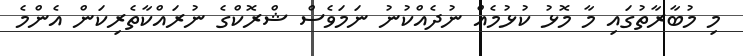
މި މުބާރާތުގައި މާ މޮޅު ކުޅުމެއް ނުދެއްކުނު ނަމަވެސް ޝްރޮކްގެ ނުރައްކާތެރިކަން އެންމެ